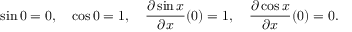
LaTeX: \sin 0 = 0 , \quad \cos 0 = 1 , \quad { \frac { \partial \sin x } { \partial x } } ( 0 ) = 1 , \quad { \frac { \partial \cos x } { \partial x } } ( 0 ) = 0 .